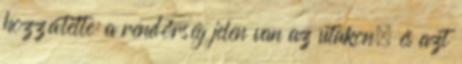
hozzátette: a rendőrség jelen van az utakon, és azt